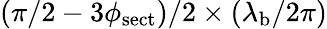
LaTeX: (\pi/2-3\phi_{\mathrm{sect}})/2\times(\lambda_{\mathrm{b}}/2\pi)